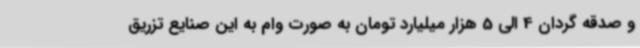
و صدقه گردان 4 الی 5 هزار میلیارد تومان به صورت وام به این صنایع تزریق